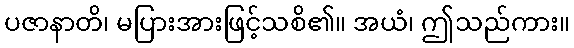
ပဇာနာတိ၊ မပြားအားဖြင့်သစိ၏။ အယံ၊ ဤသည်ကား။